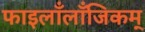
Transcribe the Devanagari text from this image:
फाइलाँलाँजिकम्